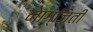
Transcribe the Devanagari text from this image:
नाग्जिती